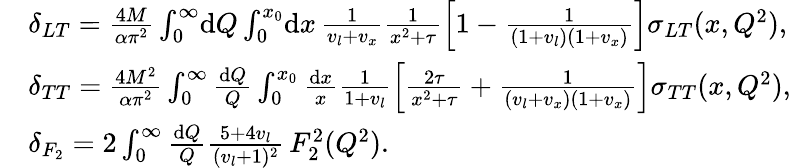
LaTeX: \begin{array}{rl}&{\delta_{LT}=\frac{4M}{\alpha\pi^{2}}\int_{0}^{\infty}\! \mathrm{d}Q\int_{0}^{x_{0}}\! \mathrm{d}x\, \frac{1}{v_{l}+v_{x}}\frac{1}{x^{2}+\tau}\left[1-\frac{1}{(1+v_{l})(1+v_{x})}\right]\sigma_{LT}(x,Q^{2}),}\\ &{\delta_{TT}=\frac{4M^{2}}{\alpha\pi^{2}}\int_{0}^{\infty}\frac{\mathrm{d}Q}{Q}\int_{0}^{x_{0}}\frac{\mathrm{d}x}{x}\frac{1}{1+v_{l}}\left[\frac{2\tau}{x^{2}+\tau}+\frac{1}{(v_{l}+v_{x})(1+v_{x})}\right]\sigma_{TT}(x,Q^{2}),}\\ &{\delta_{F_{2}}=2\int_{0}^{\infty}\frac{\mathrm{d}Q}{Q}\frac{5+4v_{l}}{(v_{l}+1)^{2}}\, F_{2}^{2}(Q^{2}).}\end{array}